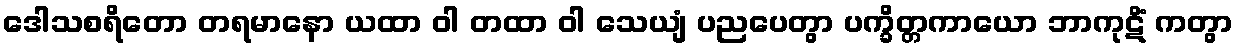
ဒေါသစရိတော တရမာနော ယထာ ဝါ တထာ ဝါ သေယျံ ပညပေတွာ ပက္ခိတ္တကာယော ဘာကုဋိံ ကတွာ